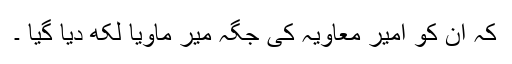
کہ ان کو امیر معاویہ کی جگہ میر ماویا لکھ دیا گیا ۔